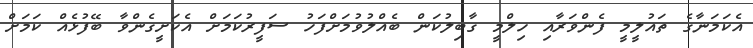
އެކަމަނާގެ ތައުލީމީ ފެންވަރާއި ހިލްމީ ގާބިލުކަން ބެއްލުވުމަށްފަހު ސަފީރުކަމަށް އެކަށީގެންވާ ބޭފުޅެއް ކަމަށް